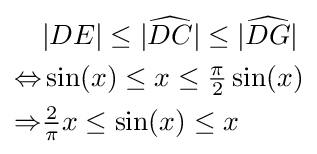
{\begin{aligned}&|DE|\leq |{\widehat {DC}}|\leq |{\widehat {DG}}|\\\Leftrightarrow &\sin(x)\leq x\leq {\tfrac {\pi }{2}}\sin(x)\\\Rightarrow &{\tfrac {2}{\pi }}x\leq \sin(x)\leq x\end{aligned}}